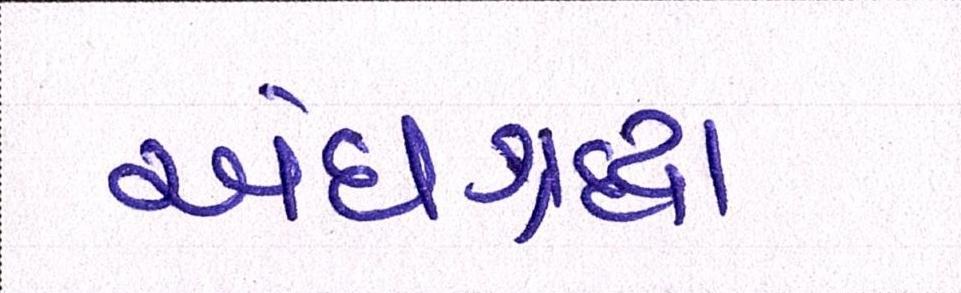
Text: અંધશ્રદ્ધા